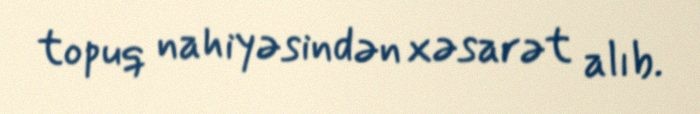
topuq nahiyəsindən xəsarət alıb.